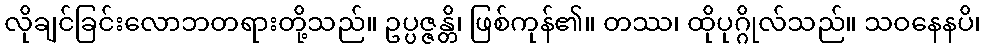
လိုချင်ခြင်းလောဘတရားတို့သည်။ ဥပ္ပဇ္ဇန္တိ၊ ဖြစ်ကုန်၏။ တဿ၊ ထိုပုဂ္ဂိုလ်သည်။ သဝနေနပိ၊